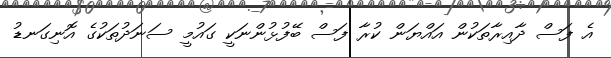
އެ ފަސް ދާއިރާތަކުން އައްޔަން ކުރާ ފަސް ބޭފުޅުންނަކީ ގައުމީ ސަނަދުތަކުގެ އޮނިގަނޑު